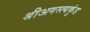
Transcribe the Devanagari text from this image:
श्रीअगस्त्यकुंड